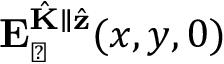
\mathbf { E } _ { \perp } ^ { \hat { \mathbf { K } } \parallel \hat { \mathbf { z } } } ( x , y , 0 )